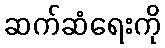
ဆက်ဆံရေးကို